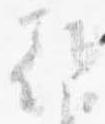
朝